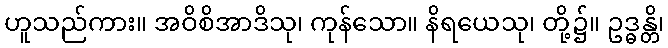
ဟူသည်ကား။ အဝိစိအာဒိသု၊ ကုန်သော။ နိရယေသု၊ တို့၌။ ဥဒ္ဓန္တိ၊